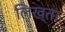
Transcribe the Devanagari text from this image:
लिख्ता